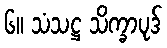
၆။ သံသဋ္ဌ သိက္ခာပုဒ်